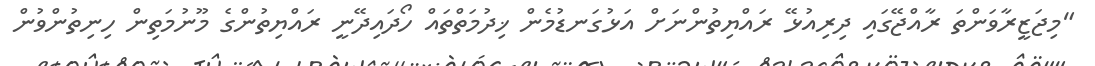
"މިޖަޒީރާވަންތަ ރާއްޖޭގައި ދިރިއުޅޭ ރައްޔިތުންނަށް އަޅުގަނޑުމެން ޚިދުމަތްތައް ހޯދައިދޭނީ ރައްޔިތުންގެ މޫނުމަތިން ހިނިތުންވުން